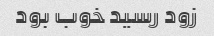
زود رسید خوب بود